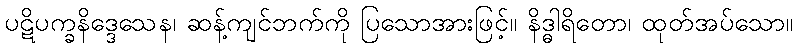
ပဋိပက္ခနိဒ္ဒေသေန၊ ဆန့်ကျင်ဘက်ကို ပြသောအားဖြင့်။ နိဒ္ဓါရိတော၊ ထုတ်အပ်သော။